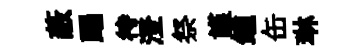
蔽蹋待澄祭謹鍾缶琳